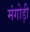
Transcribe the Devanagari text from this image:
मंगोड़ी